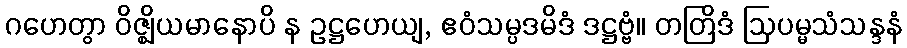
ဂဟေတွာ ဝိဇ္ဈိယမာနောပိ န ဥဋ္ဌဟေယျ, ဧဝံသမ္ပဒမိဒံ ဒဋ္ဌဗ္ဗံ။ တတြိဒံ ဩပမ္မသံသန္ဒနံ